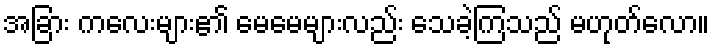
အခြား ကလေးများ၏ မေမေများလည်း သေခဲ့ကြသည် မဟုတ်လော။